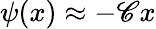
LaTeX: \psi(x)\approx-\mathscr{C}x